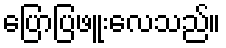
ပြောပြဖူးလေသည်။